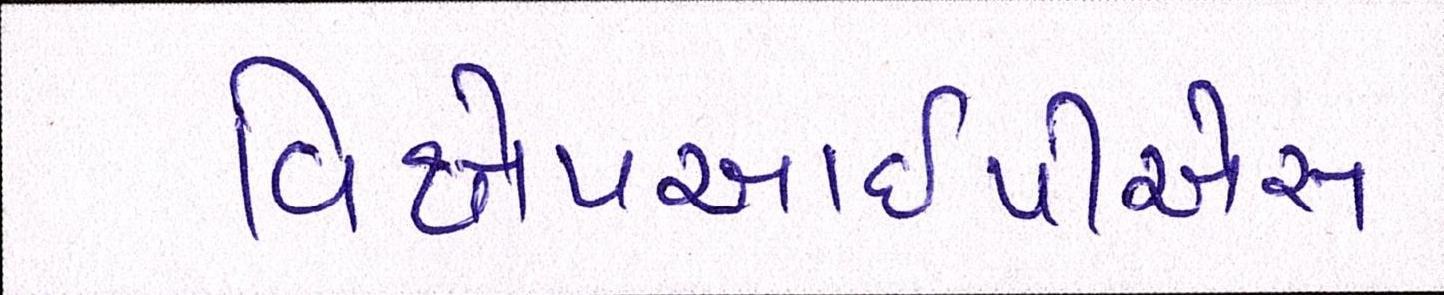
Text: વિક્ષેપઆઇપીએસ